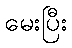
မေးပြီး